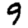
Digit: 9